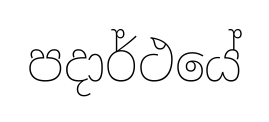
පදාර්ථයේ